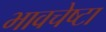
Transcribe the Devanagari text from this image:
भावचेष्टा